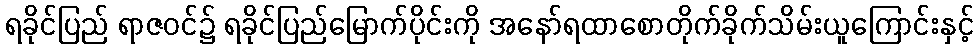
ရခိုင်ပြည် ရာဇဝင်၌ ရခိုင်ပြည်မြောက်ပိုင်းကို အနော်ရထာစောတိုက်ခိုက်သိမ်းယူကြောင်းနှင့်